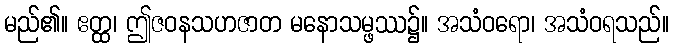
မည်၏။ ဧတ္ထ၊ ဤဇဝနသဟဇာတ မနောသမ္ဖဿ၌။ အသံဝရော၊ အသံဝရသည်။